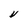
Character: V